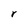
Character: r